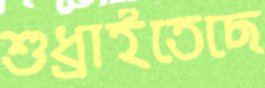
শুধ্‌রাইতেছে